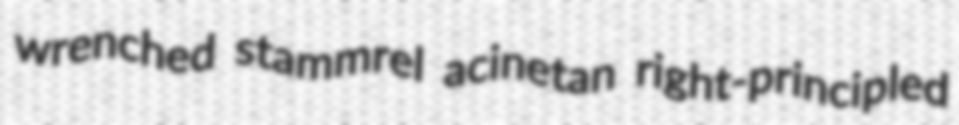
wrenched stammrel acinetan right-principled